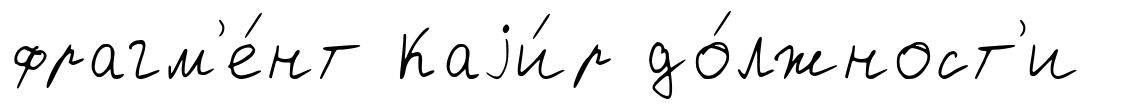
фрагм'е́нт Каjи́р до́лжност'и